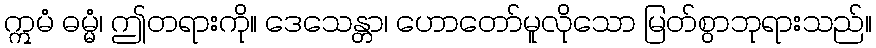
ဣမံ ဓမ္မံ၊ ဤတရားကို။ ဒေသေန္တာ၊ ဟောတော်မူလိုသော မြတ်စွာဘုရားသည်။